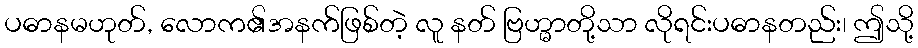
ပဓာနမဟုတ်, လောက၏အနက်ဖြစ်တဲ့ လူ နတ် ဗြဟ္မာတို့သာ လိုရင်းပဓာနတည်း၊ ဤသို့